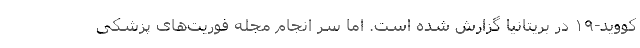
کووید-۱۹ در بریتانیا گزارش شده است. اما سر انجام مجله فوریت‌های پزشکی